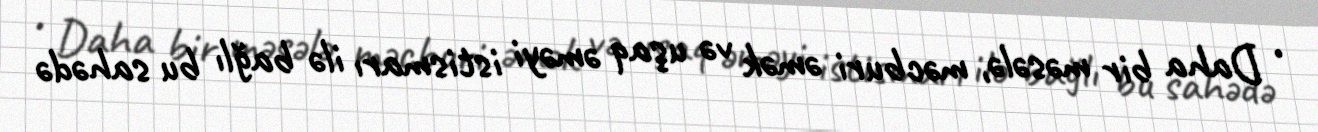
• Daha bir məsələ, məcburi əmək və uşaq əməyi istismarı ilə bağlı bu sahədə